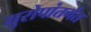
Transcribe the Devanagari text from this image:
युरोपांतर्गत